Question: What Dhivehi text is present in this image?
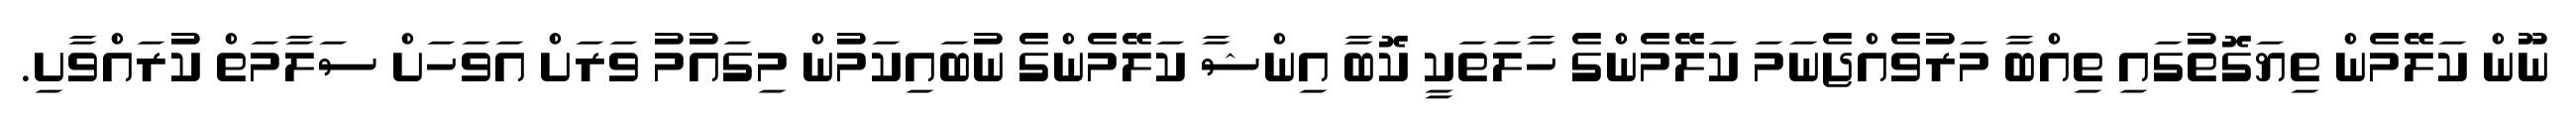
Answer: ނޫން ކަލޭމެން ތިޔަގޮތުގައި ތިއްބާ މަރުވެއްޖެނަމަ ކަލޭމެންގެ ހާލަތަކީ ކޮބާ އިންޝާ ކަލޭމެންގެ ނުބައިކަމުން މިގައުމު ވަރަށް އަވަހަށް ސަލާމަތް ކުރައްވާށި.